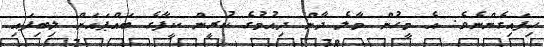
ހިފައިގެންނެވެ. އެ މީހުން މާލެ ދާން ދިއުމުގެ ކުރީން ކީފާގެ ބައްޕައަށް ލިބިފައި